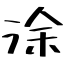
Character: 涂